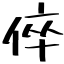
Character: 倅